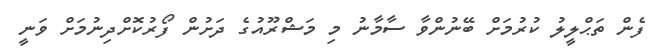
ފެން ތަޙްލީލު ކުރުމަށް ބޭނުންވާ ސާމާނު މި މަޝްރޫއުގެ ދަށުން ފޯރުކޮށްދިނުމަށް ވަނީ